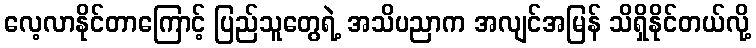
လေ့လာနိုင်တာကြောင့် ပြည်သူတွေရဲ့ အသိပညာက အလျင်အမြန် သိရှိနိုင်တယ်လို့